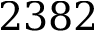
2 3 8 2